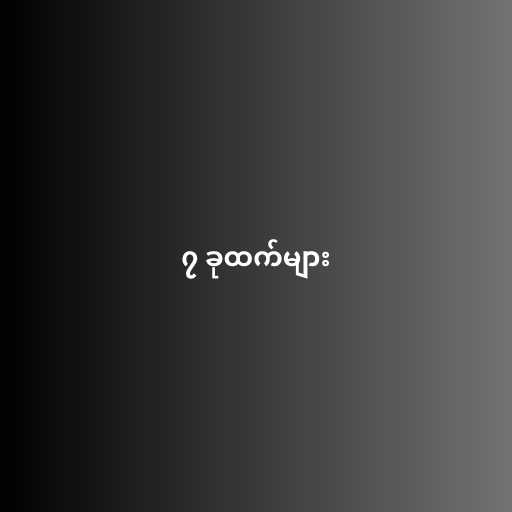
၇ ခုထက်များ